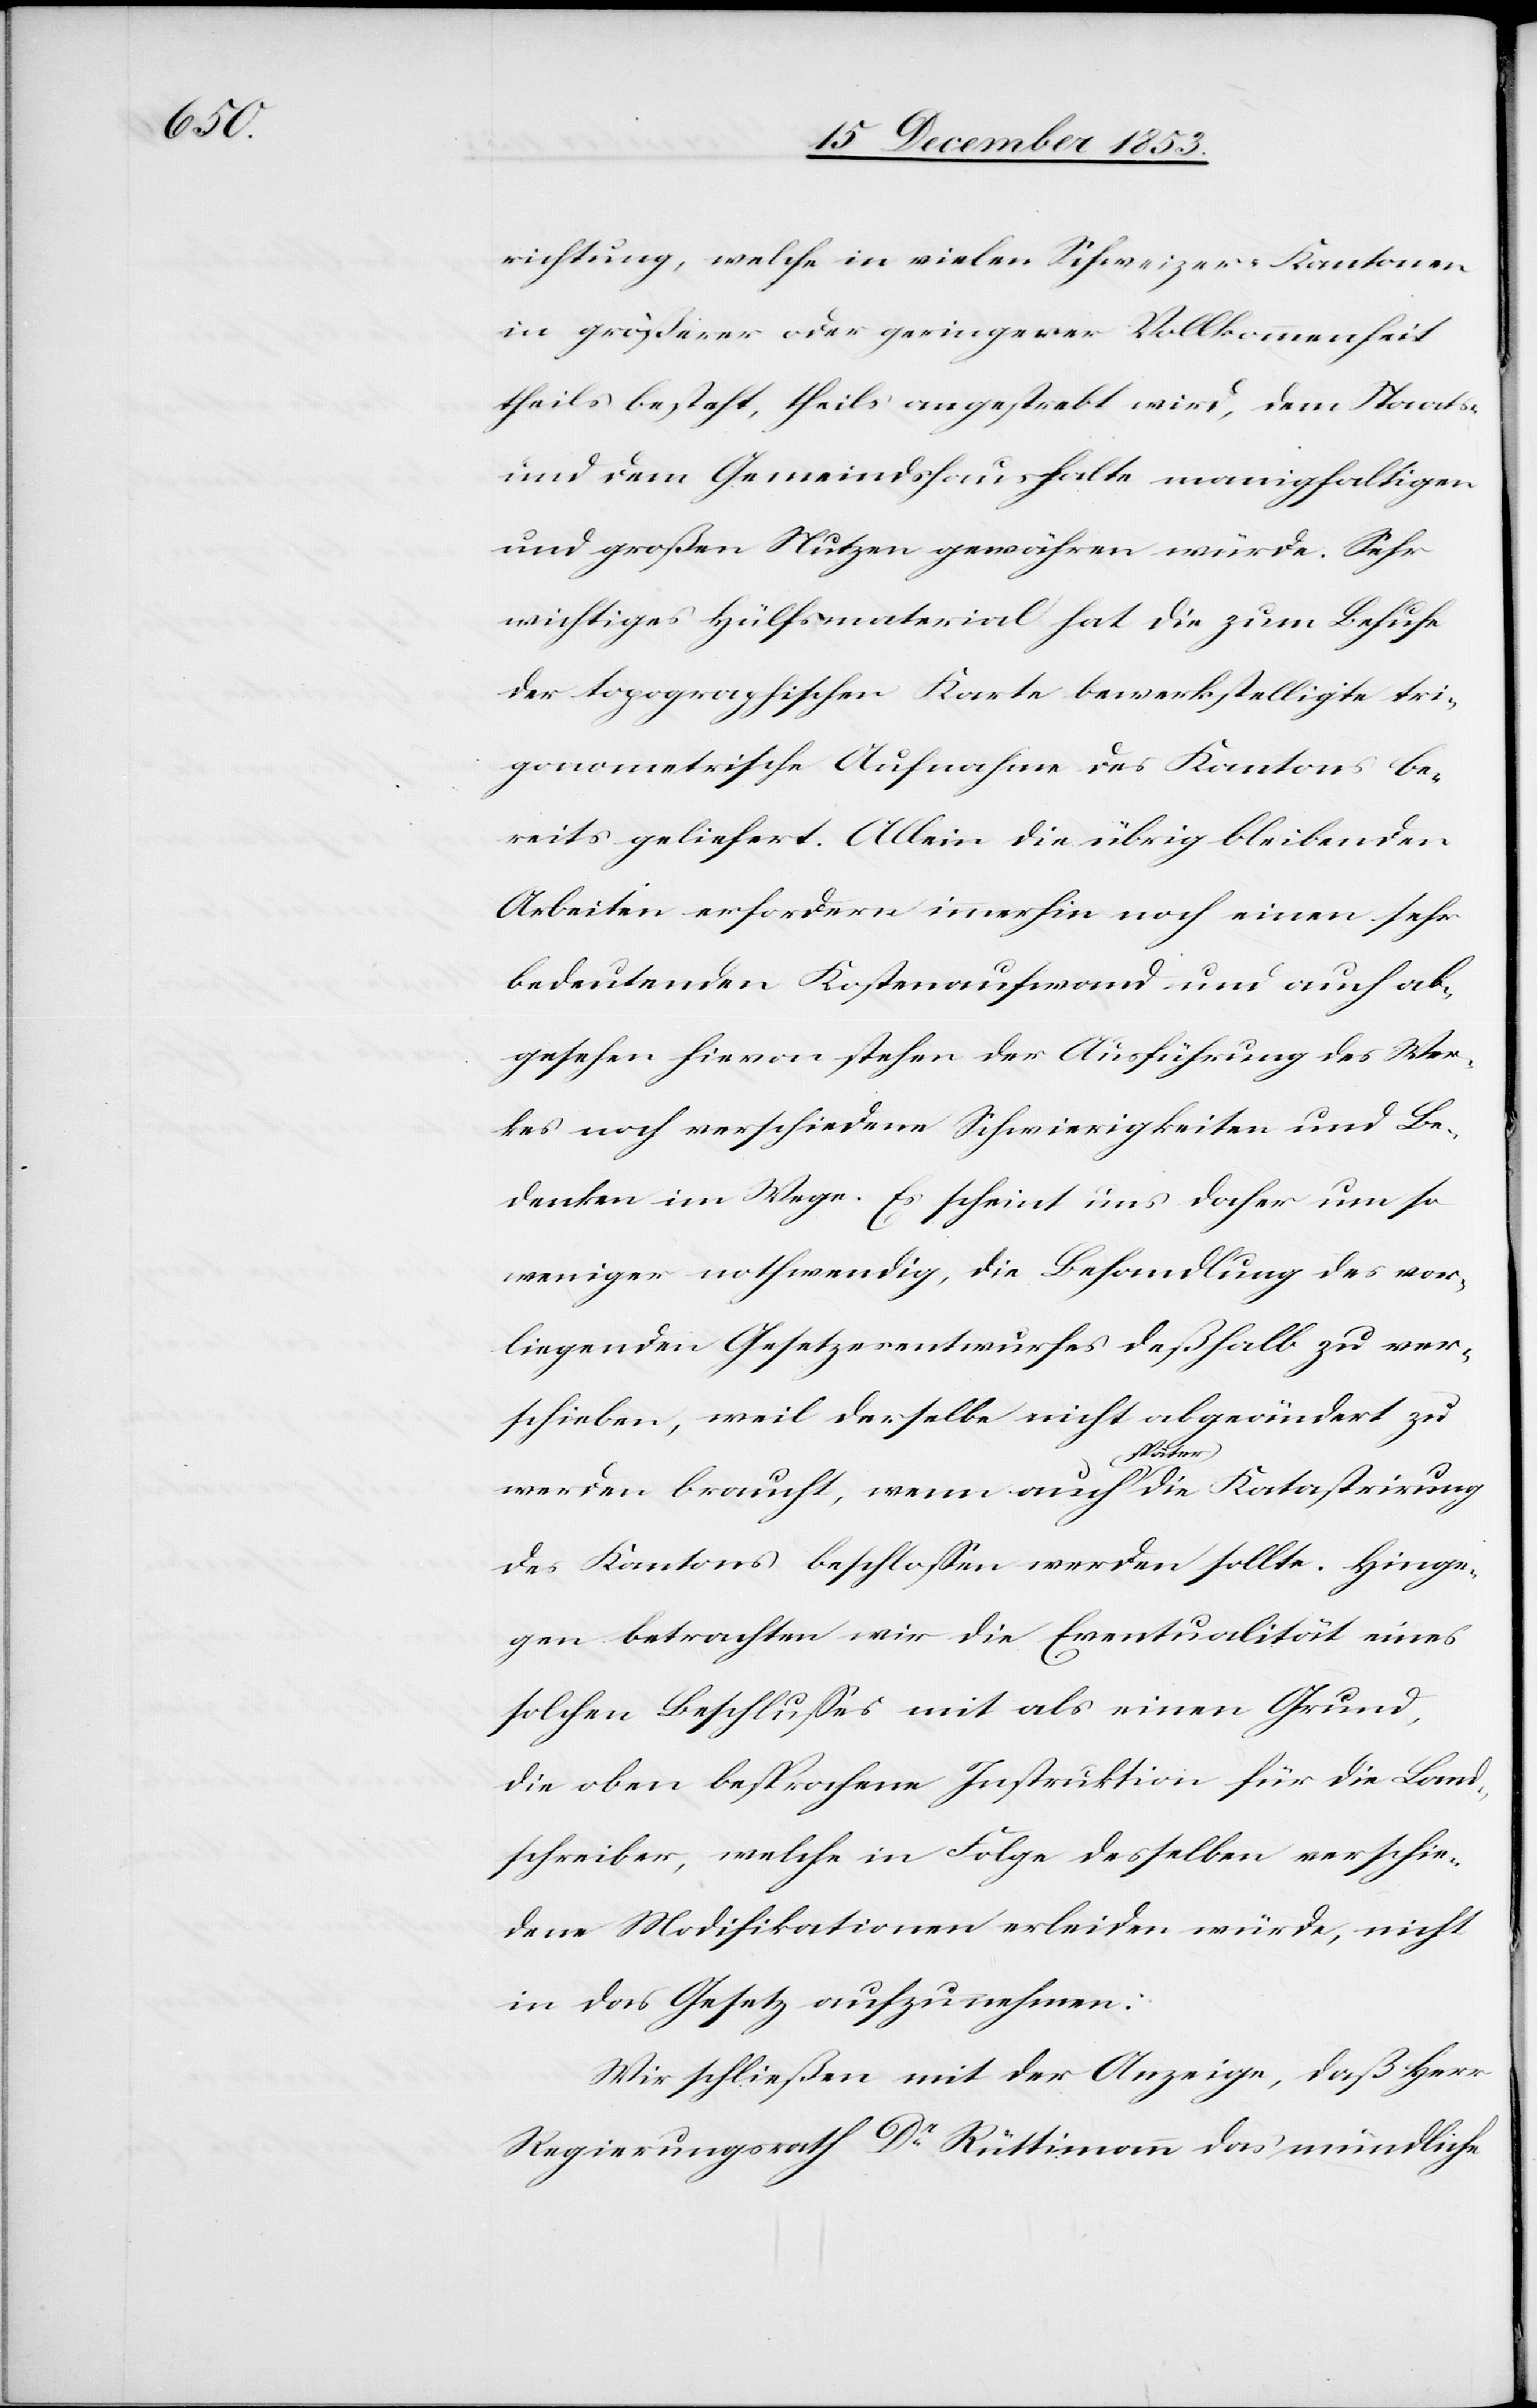
richtung, welche in vielen Schweizer-Kantonen
in größerer oder geringerer Vollkommenheit
theils besteht, theils angestrebt wird, dem Staats-
und dem Gemeindshaushalte mannigfaltigen
und großen Nutzen gewähren würde. Sehr
wichtiges Hülfsmaterial hat die zum Behufe
der topographischen Karte bewerkstelligte tri¬
gonometrische Aufnahme des Kantons be¬
reits geliefert. Allein die übrig bleibenden
Arbeiten erfordern immerhin noch einen sehr
bedeutenden Kostenaufwand und auch ab¬
gesehen hievon stehen der Ausführung des Wer¬
kes noch verschiedene Schwierigkeiten und Be¬
denken im Wege. Es scheint uns daher um so
weniger nothwendig, die Behandlung des vor¬
liegenden Gesetzesentwurfes deßhalb zu ver¬
schieben, weil derselbe nicht abgeändert zu
werden braucht, wenn auch später die Katastrirung
des Kantons beschloßen werden sollte. Hinge¬
gen betrachten wir die Eventualität eines
solchen Beschlußes mit als einen Grund,
die oben besprochene Instruktion für die Land¬
schreiber, welche in Folge desselben verschie¬
dene Modifikationen erleiden würde, nicht
in das Gesetz aufzunehmen:
Wir schließen mit der Anzeige, daß Herr
Regierungsrath Dr Rüttimann das mündliche